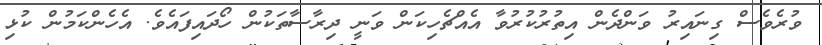
ވުރެވެސް ގިނައިރު ވަންދެން އިތުރުކުރުވާ އެއްޗެހިކަން ވަނީ ދިރާސާތަކުން ހޯދައިފައެވެ. އެހެންކަމުން ކުޅި